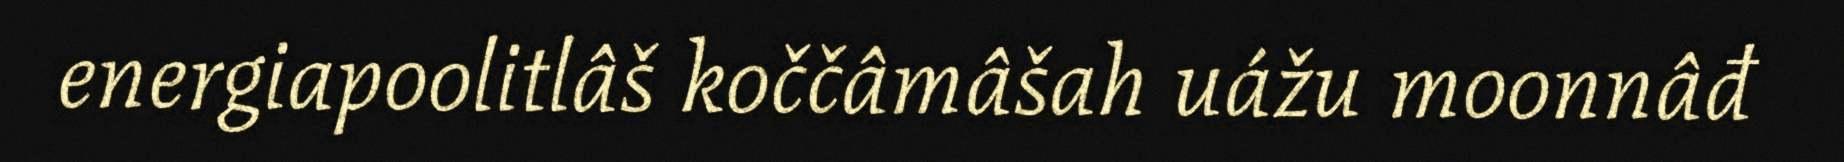
energiapoolitlâš koččâmâšah uážu moonnâđ